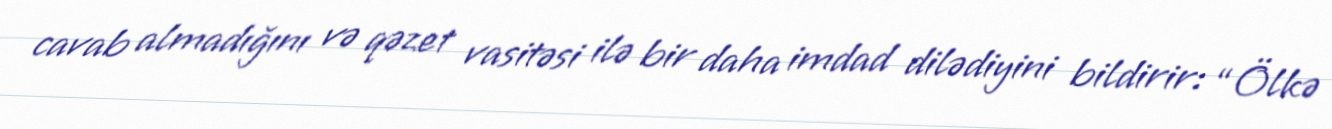
cavab almadığını və qəzet vasitəsi ilə bir daha imdad dilədiyini bildirir: “Ölkə